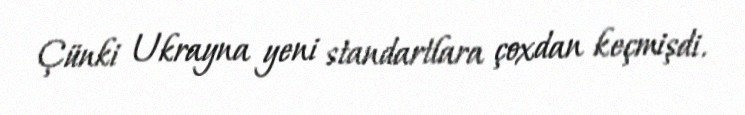
Çünki Ukrayna yeni standartlara çoxdan keçmişdi.